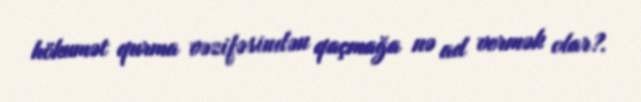
hökumət qurma vəzifəsindən qaçmağa nə ad vermək olar?.